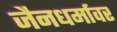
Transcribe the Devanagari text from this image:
जैनधर्मावर